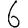
Digit: 6